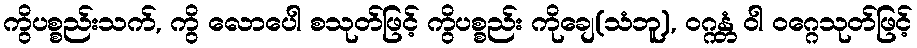
ကွိပစ္စည်းသက်, ကွိ လောပေါ စသုတ်ဖြင့် ကွိပစ္စည်း ကိုချေ(သံဘူ), ဝဂ္ဂန္တံ ဝါ ဝဂ္ဂေသုတ်ဖြင့်